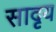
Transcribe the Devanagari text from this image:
सादृय